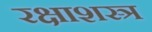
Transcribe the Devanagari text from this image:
रक्षाशस्त्र